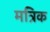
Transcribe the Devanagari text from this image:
मत्रिक